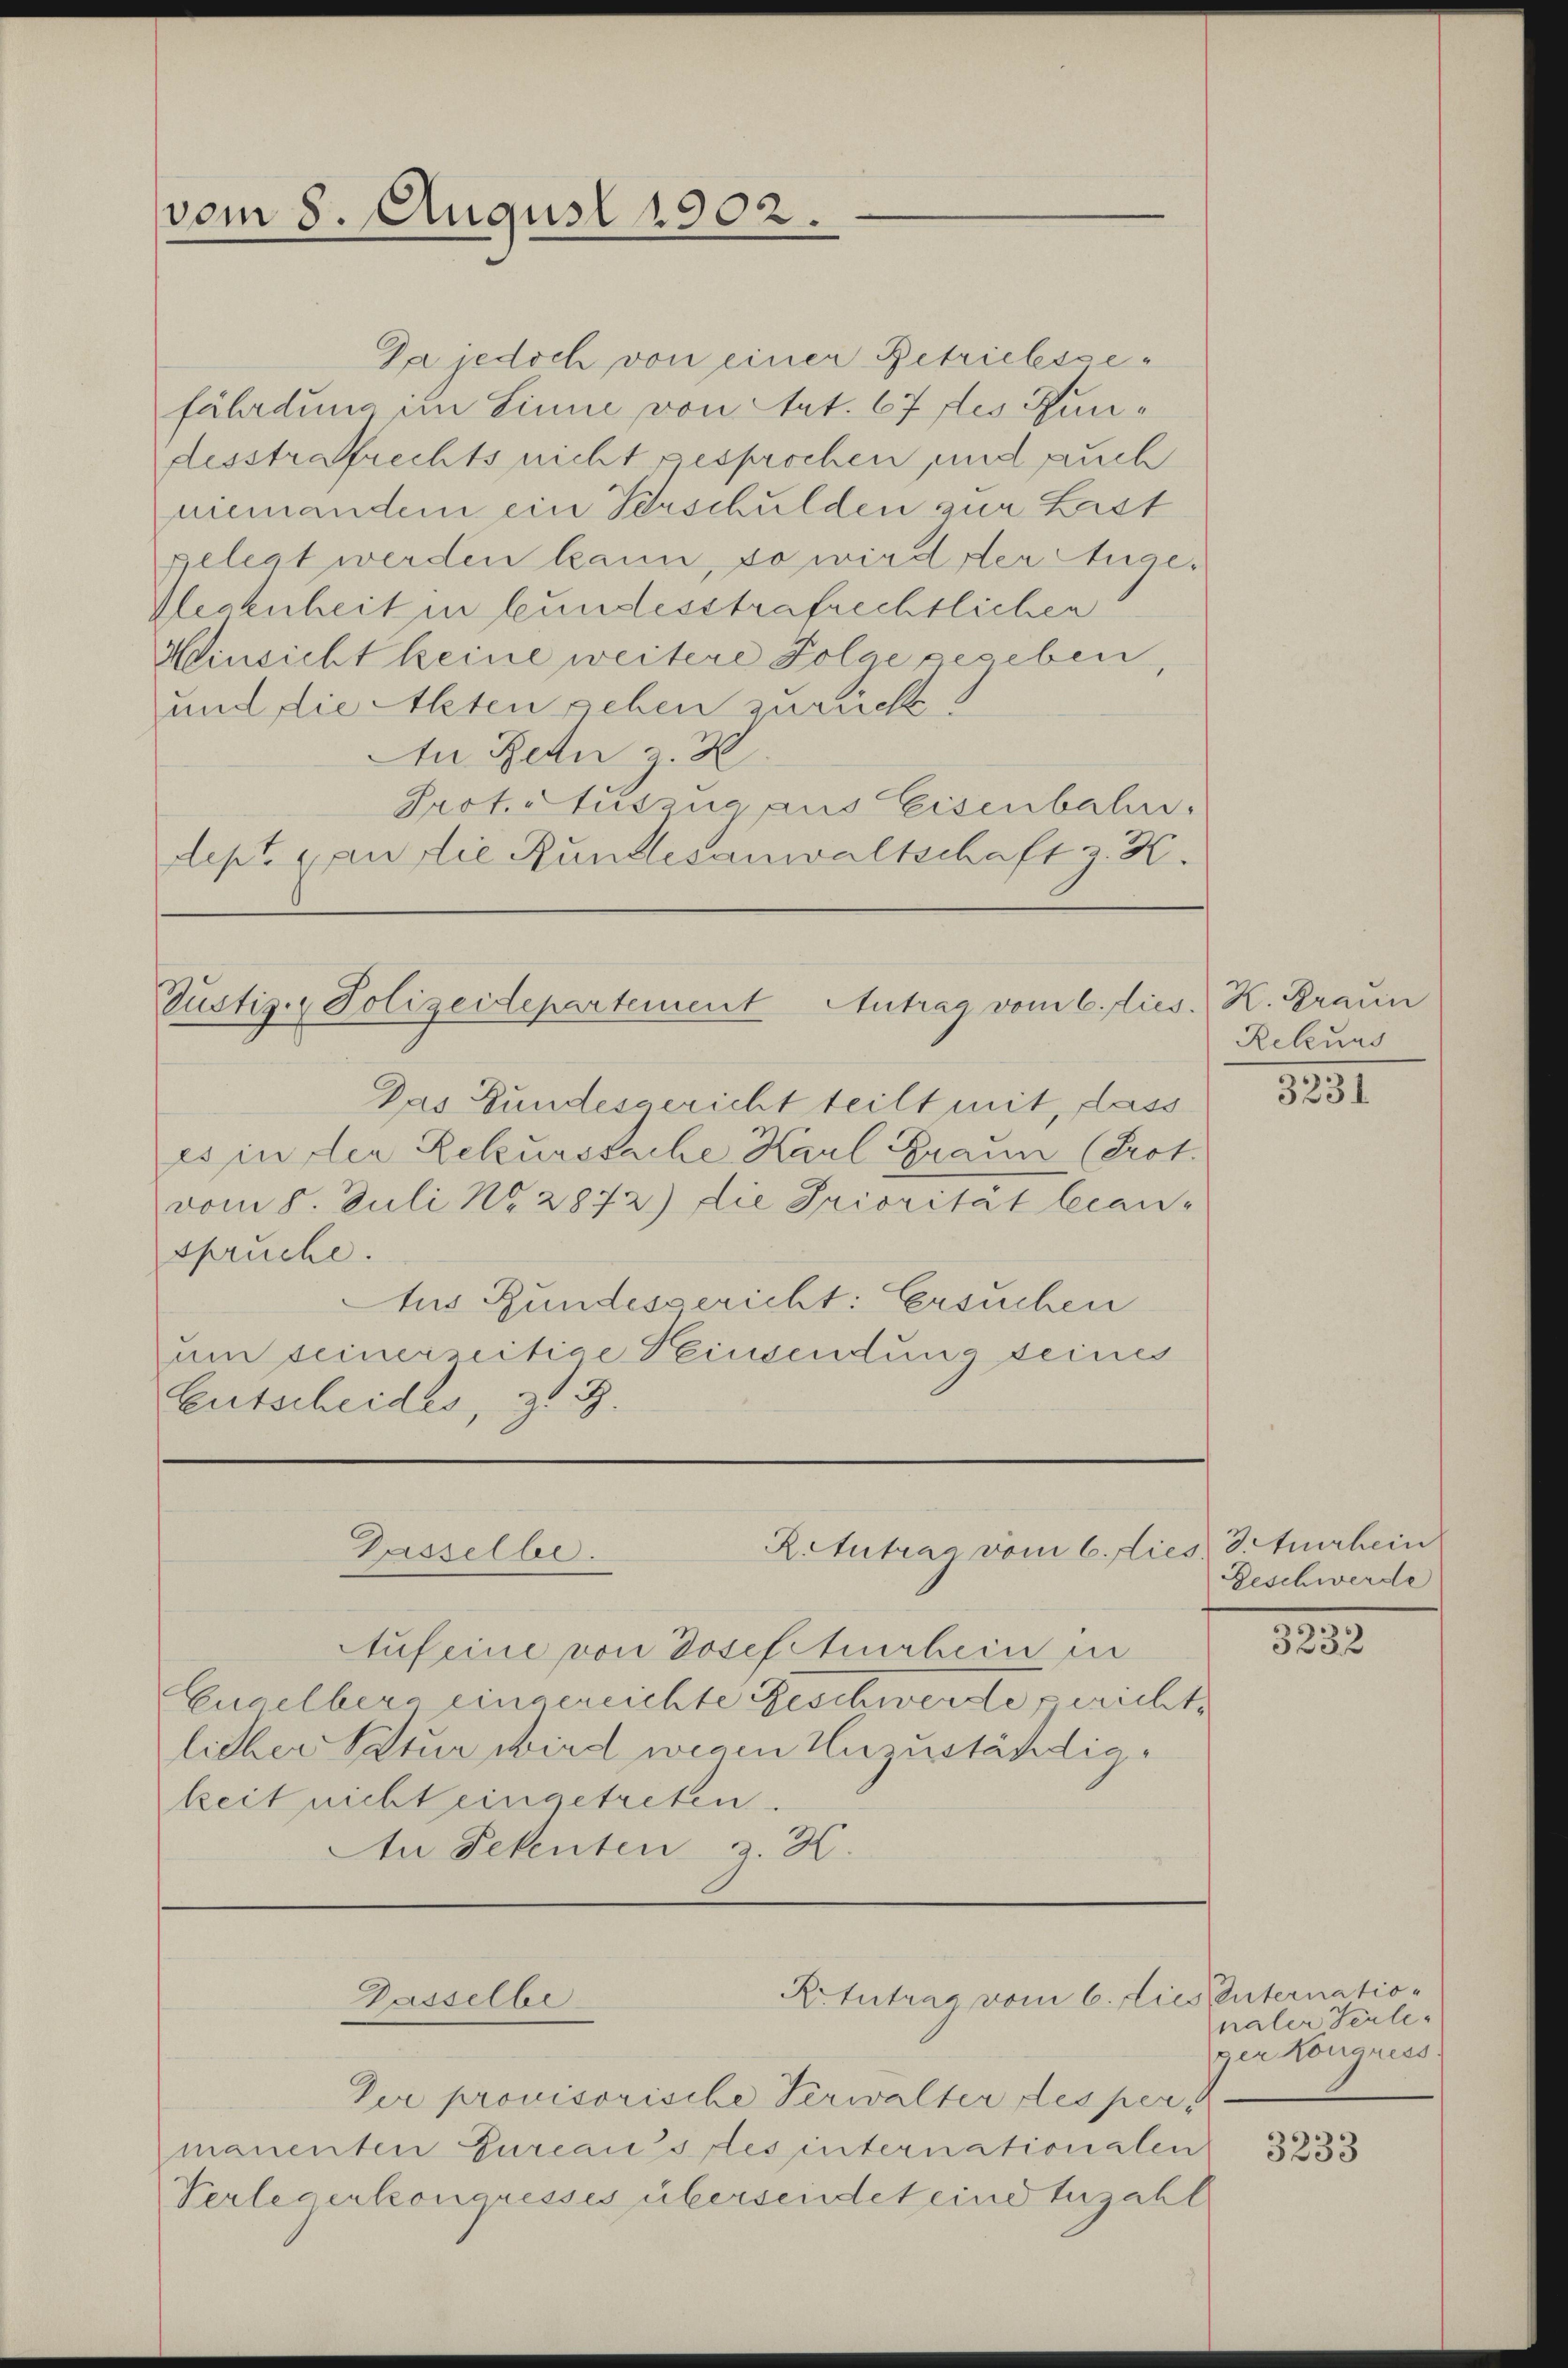
vom 8. August 1902.

Da jedoch von einer Betriebessefährdung im Linne von Art. 67 des Kandesstrafrechts nicht gesprochen und auch
niemanden ein Verschulden zur Last
gelegt werden kann, so wird der Auge-
Weckenheit in bundesstrafrechtlichen
Hinsicht keine weitere Polae gegeben
und die Akten geben zurück.
An Retn z. B.
Prot. Auszug aus Eisenbahn.
dept. 1 an die Rundesanwaltschaft z. K.

Justiz- & Polizeidepartement Antrag vom 6. dies

Das Bundesgericht teilt mit, dass
es in der Rekurssache Karl Graun (Prot.
vom 8. Juli No. 2872) die Priorität bean-
sprüche.
Aus Bundesgericht: Ersuchen
um seinerzeitige Peinsendung seines
Entscheides, z. B.

Retutrag vom 6. dies, 3. Aurhein
Gasselbe

Auf eine von Josefiturhein in
Engelberg eingereichte Geschwerde gericht,
licher Natur wird wegen Unzuständigkeit nicht eingetreten.
An Petenten z. H.

Gasselbe

Ritutrag vom 6. dies unternatio

Der provisorische Verwalter des per
manenten Gureausses internationalen
Verlegerkongresses übersendetend zuzahl

K. Graun
Rekund
3231

Geschwerde

.
3232

naler Teile
ger Kongress
3233